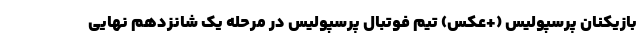
بازیکنان پرسپولیس (+عکس) تیم فوتبال پرسپولیس در مرحله یک شانزدهم نهایی